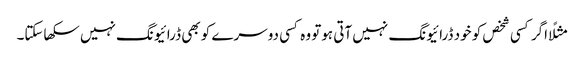
مثلًا اگر کسی شخص کو خود ڈرائیونگ نہیں آتی ہوتو وہ کسی دوسرے کو بھی ڈرائیونگ نہیں سکھاسکتا۔